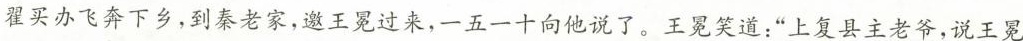
翟买办飞奔下乡，到秦老家，邀王冕过来，一五一十向他说了。王冕笑道：”上复县主老爷，说王冕